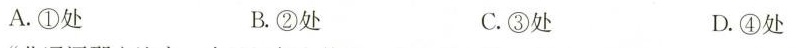
A.①处 B.②处 C.③处 D.④处